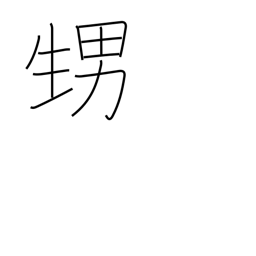
Meaning: nephew